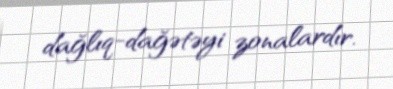
dağlıq-dağətəyi zonalardır.